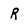
Character: R